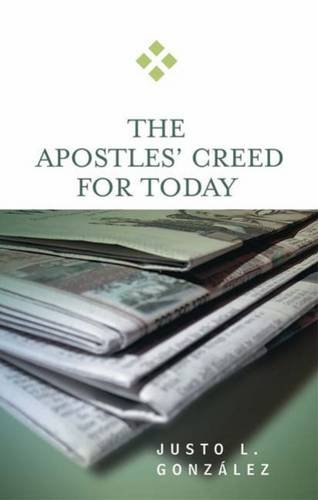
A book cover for The Apostles' Creed for Today; Justo L. GonzÃ¡lez; Christian Books & Bibles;